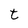
Character: t